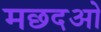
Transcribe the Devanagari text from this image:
मछदओ